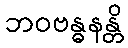
ဘဝဗန္ဓနန္တိ